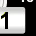
Digit: 1